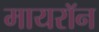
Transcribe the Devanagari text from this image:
मायरॉन